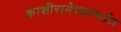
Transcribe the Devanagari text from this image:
काशीरामेश्वरपर्यंत